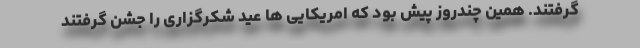
گرفتند. همین چندروز پیش بود که امریکایی ها عید شکرگزاری را جشن گرفتند